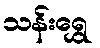
သန်းရွှေ